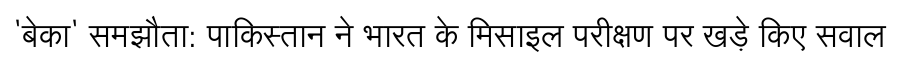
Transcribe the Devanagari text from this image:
'बेका' समझौता: पाकिस्तान ने भारत के मिसाइल परीक्षण पर खड़े किए सवाल